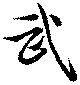
武